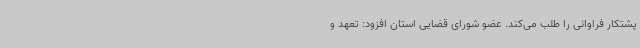
پشتکار فراوانی را طلب می‌کند. عضو شورای قضایی استان افزود: تعهد و